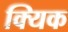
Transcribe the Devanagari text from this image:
क्यिक